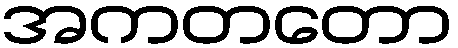
အကတတော